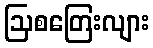
ဩစတြေးလျား